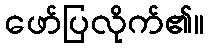
ဖော်ပြလိုက်၏။